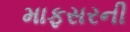
માફસરની